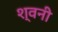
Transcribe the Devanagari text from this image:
श्वनी